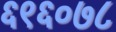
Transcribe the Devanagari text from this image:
६९६०७८